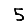
Digit: 5